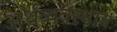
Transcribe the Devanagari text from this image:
अर्थव्यवस्थाच